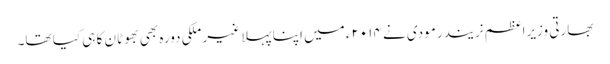
بھارتی وزیراعظم نریندر مودی نے ۲۰۱۴ء میں اپنا پہلا غیر ملکی دورہ بھی بھوٹان کا ہی کیا تھا۔